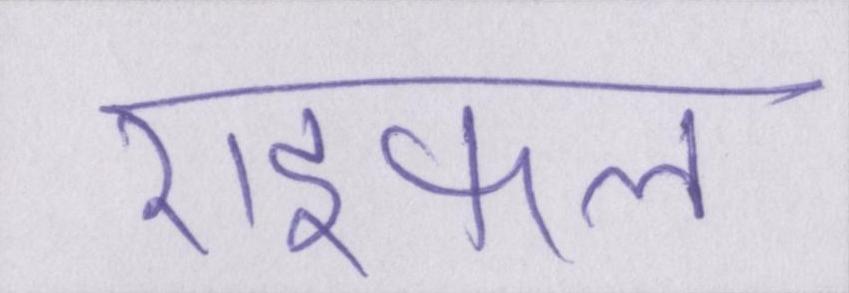
राइफल